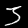
Label: 3